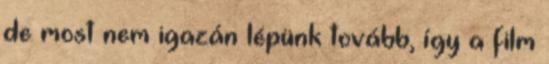
de most nem igazán lépünk tovább, így a film